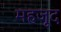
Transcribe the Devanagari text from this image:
महजूद